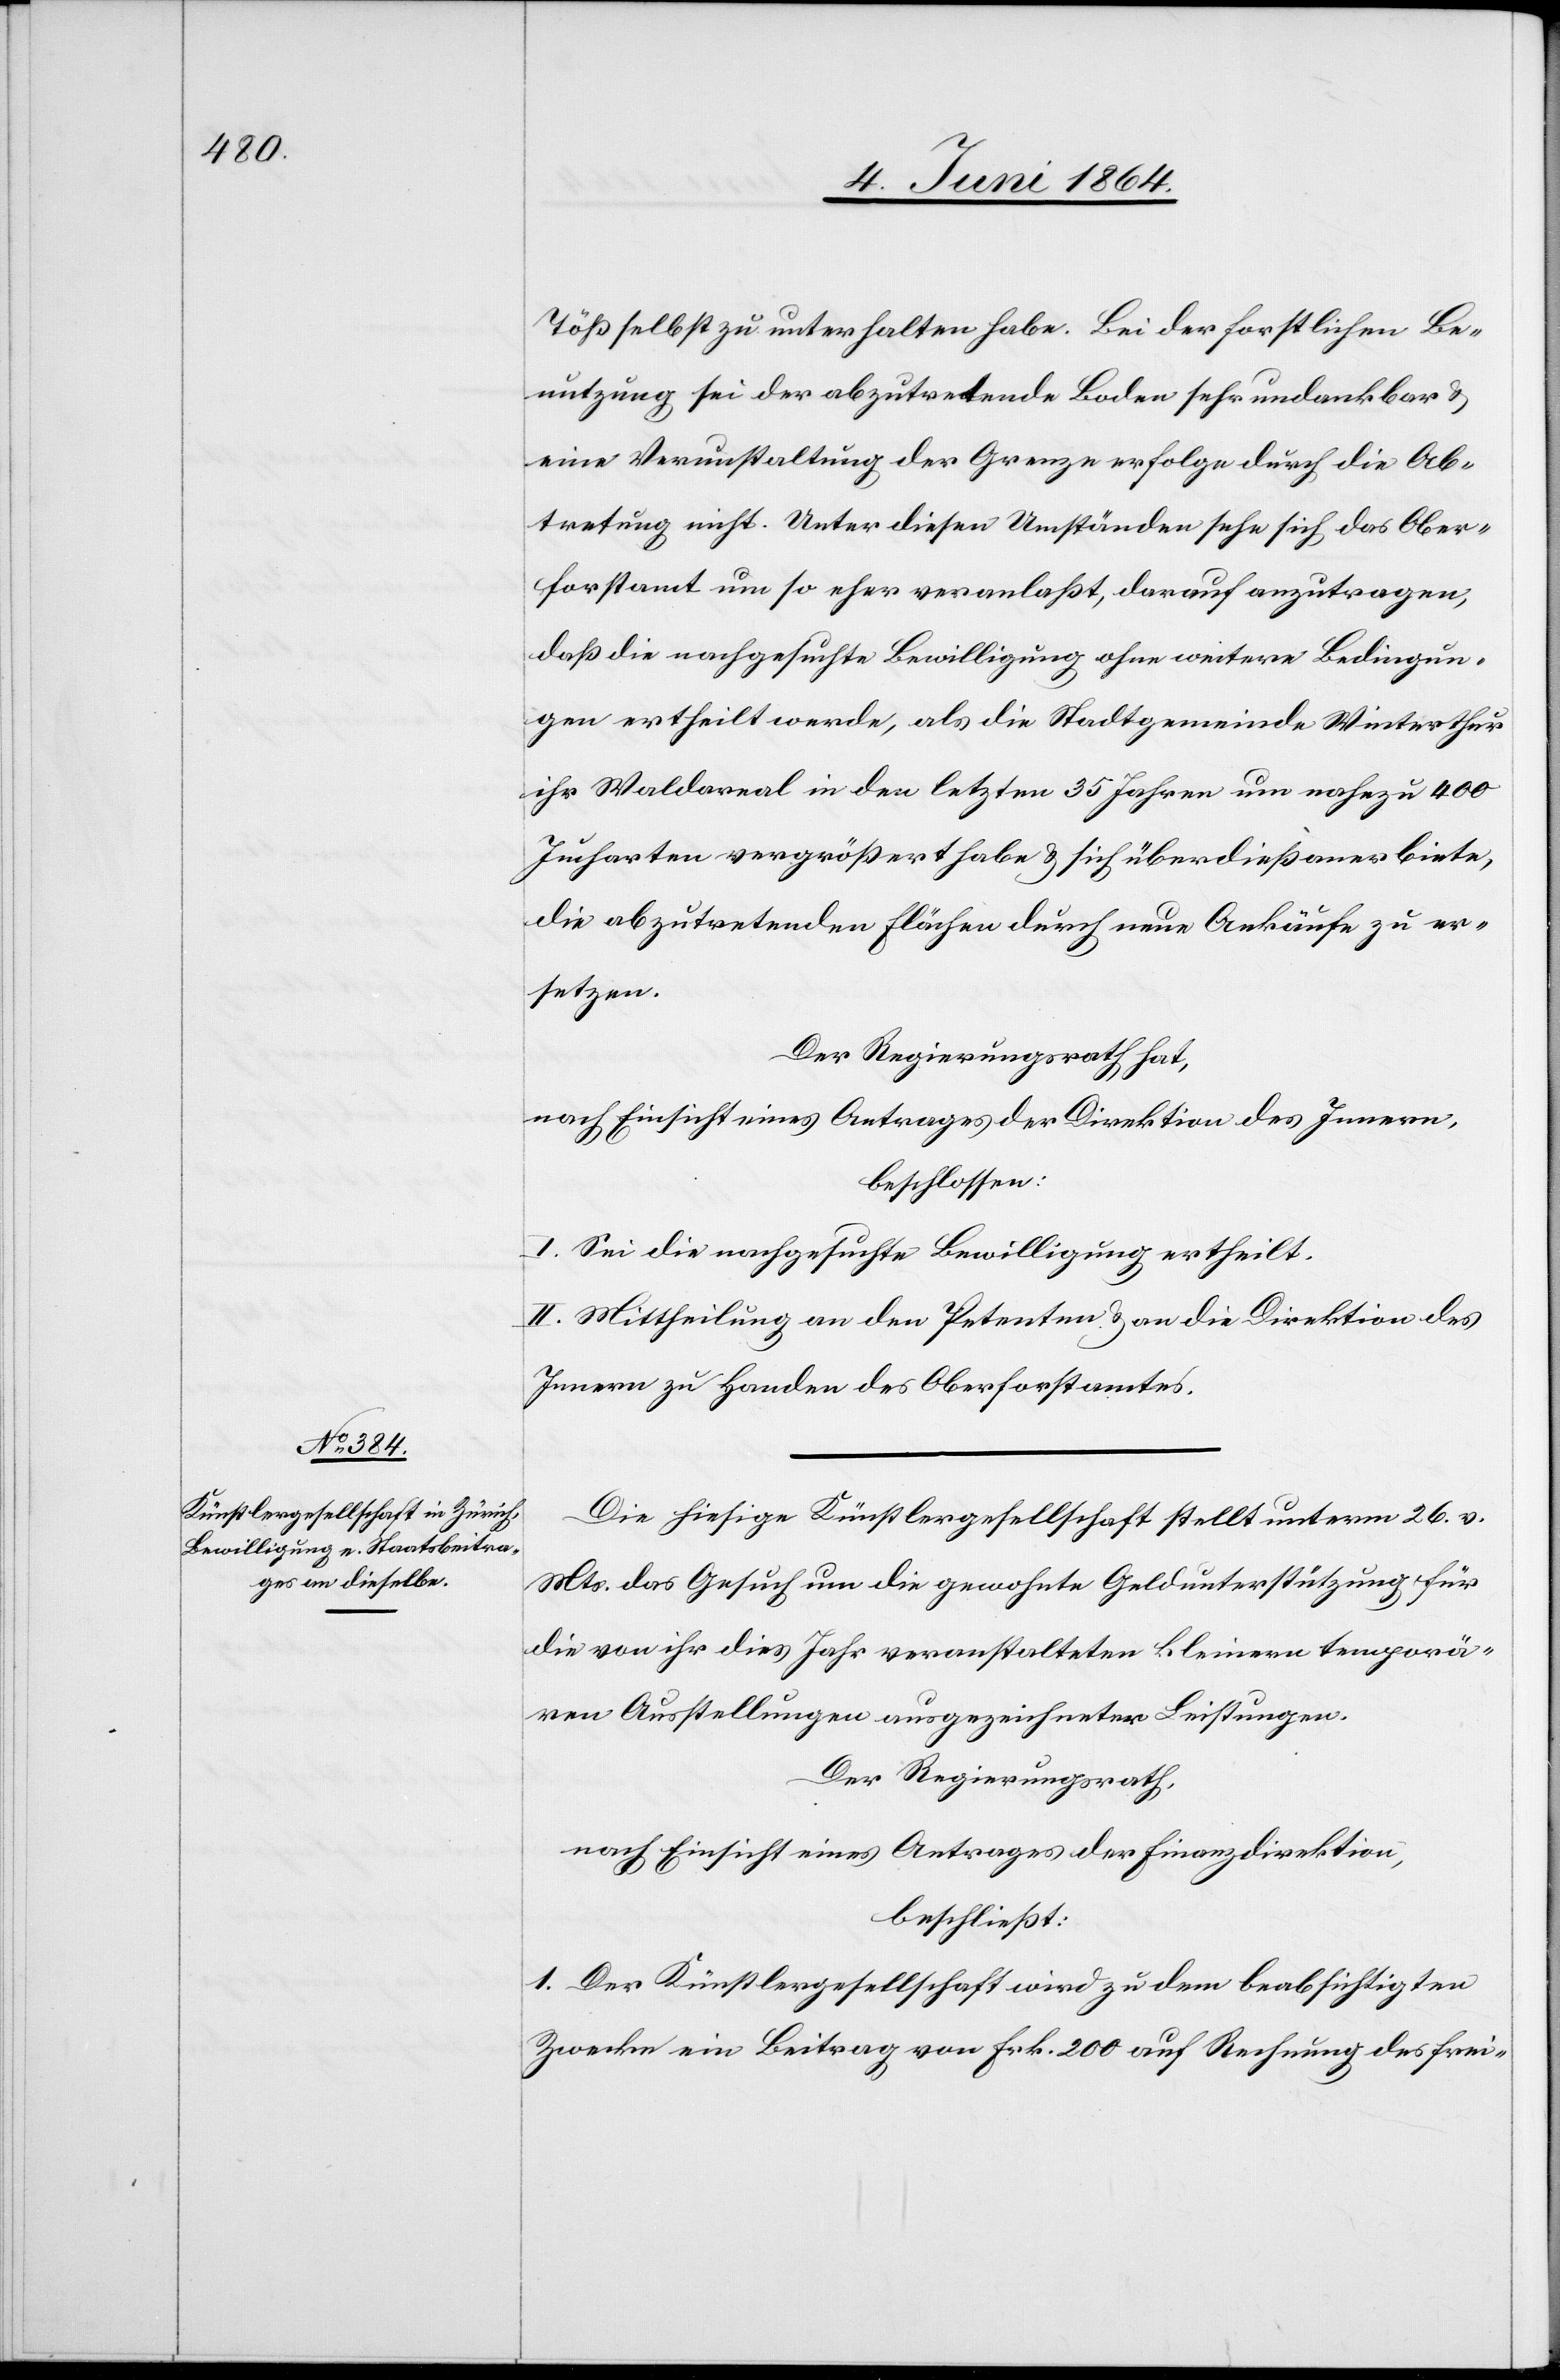
Töß selbst zu unterhalten habe. Bei der forstlichen Be¬
nutzung sei der abzutretende Boden sehr undankbar u.
eine Verunstaltung der Grenze erfolge durch die Ab¬
tretung nicht. Unter diesen Umständen sehe sich das Ober¬
forstamt um so eher veranlaßt, darauf anzutragen,
daß die nachgesuchte Bewilligung ohne weitere Bedingun¬
gen ertheilt werde, als die Stadtgemeinde Winterthur
ihr Waldareal in den letzten 35 Jahren um nahezu 400
Jucharten vergrößert habe u. sich überdieß anerbiete,
die abzutretenden Flächen durch neue Ankäufe zu er¬
setzen.
Der Regierungsrath hat,
nach Einsicht eines Antrages der Direktion des Innern,
beschlossen:
I. Sei die nachgesuchte Bewilligung ertheilt.
II. Mittheilung an den Petenten u. an die Direktion des
Innern zu Handen des Oberforstamtes.
Die hiesige Künstlergesellschaft stellt unterm 26. v.
Mts. das Gesuch um die gewohnte Geldunterstützung für
die von ihr dies Jahr veranstalteten kleinen temporä¬
ren Ausstellungen ausgezeichneter Leistungen.
Der Regierungsrath,
nach Einsicht eines Antrages der Finanzdirektion,
beschließt:
1. Der Künstlergesellschaft wird zu dem beabsichtigten
Zwecke ein Beitrag von Frk. 200 auf Rechnung des frei-